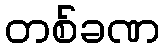
တစ်ခဏ